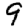
Digit: 9